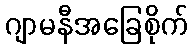
ဂျာမနီအခြေစိုက်